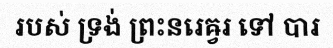
របស់ ទ្រង់ ព្រះនរេឝ្វរ ទៅ បារ